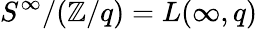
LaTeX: S^{\infty}/(\mathbb{Z}/q)=L(\infty,q)